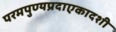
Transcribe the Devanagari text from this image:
परमपुण्यप्रदाएकादशी